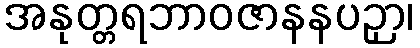
အနုတ္တရဘာဝဇာနနပဉှာ၊